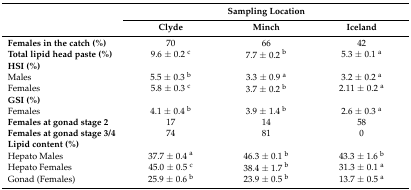
<table><thead><tr><td rowspan="2"></td><td colspan="3"><b>Sampling Location</b></td></tr><tr><td><b>Clyde</b></td><td><b>Minch</b></td><td><b>Iceland</b></td></tr></thead><tbody><tr><td><b>Females in the catch (%)</b></td><td>70</td><td>66</td><td>42</td></tr><tr><td><b>Total lipid head paste (%)</b></td><td>9.6 ± 0.2 <sup>c</sup></td><td>7.7 ± 0.2 <sup>b</sup></td><td>5.3 ± 0.1 <sup>a</sup></td></tr><tr><td><b>HSI (%)</b></td><td></td><td></td><td></td></tr><tr><td>Males</td><td>5.5 ± 0.3 <sup>b</sup></td><td>3.3 ± 0.9 <sup>a</sup></td><td>3.2 ± 0.2 <sup>a</sup></td></tr><tr><td>Females</td><td>5.8 ± 0.3 <sup>c</sup></td><td>3.7 ± 0.2 <sup>b</sup></td><td>2.11 ± 0.2 <sup>a</sup></td></tr><tr><td><b>GSI (%)</b></td><td></td><td></td><td></td></tr><tr><td>Females</td><td>4.1 ± 0.4 <sup>b</sup></td><td>3.9 ± 1.4 <sup>b</sup></td><td>2.6 ± 0.3 <sup>a</sup></td></tr><tr><td><b>Females at gonad stage 2</b></td><td>17</td><td>14</td><td>58</td></tr><tr><td><b>Females at gonad stage 3/4</b></td><td>74</td><td>81</td><td>0</td></tr><tr><td><b>Lipid content (%)</b></td><td></td><td></td><td></td></tr><tr><td>Hepato Males</td><td>37.7 ± 0.4 <sup>a</sup></td><td>46.3 ± 0.1 <sup>b</sup></td><td>43.3 ± 1.6 <sup>b</sup></td></tr><tr><td>Hepato Females</td><td>45.0 ± 0.5 <sup>c</sup></td><td>38.4 ± 1.7 <sup>b</sup></td><td>31.3 ± 0.1 <sup>a</sup></td></tr><tr><td>Gonad (Females)</td><td>25.9 ± 0.6 <sup>b</sup></td><td>23.9 ± 0.5 <sup>b</sup></td><td>13.7 ± 0.5 <sup>a</sup></td></tr></tbody></table>